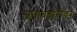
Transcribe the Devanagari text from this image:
जबाबदारीवर